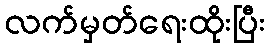
လက်မှတ်ရေးထိုးပြီး